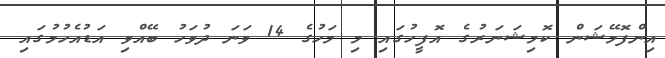
އިންފޮމޭޝަން ކޮމިޝަނަރުގެ އޮފީހުގައި މި މަހުގެ 14 ވަނަ ދުވަހު ބޭއްވި އަޑުއެހުމުގައި